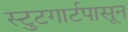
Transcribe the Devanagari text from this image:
स्टुटगार्टपासून